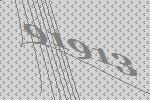
91913